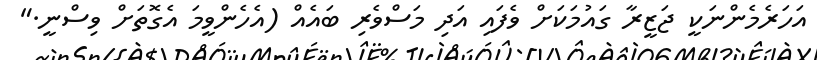
އަހަރެމެންނަކީ ޖަޒީރާ ގައުމަކަށް ވެފައި އަދި މަސްވެރި ބައެއް (އެހެންވީމަ އެގޮތަށް ވިސްނީ."